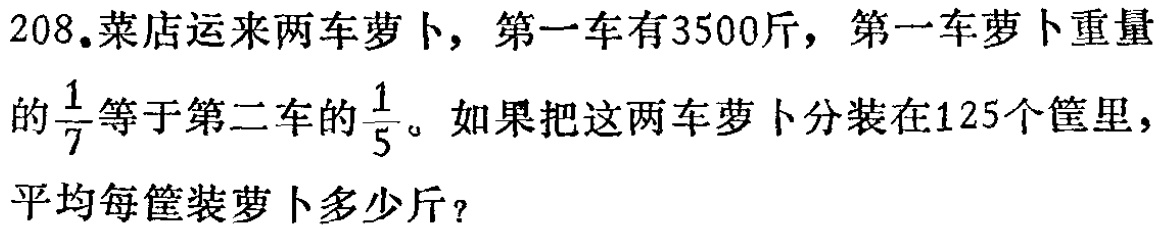
208.菜店运来两车萝卜，第一车有3500斤，第一车萝卜重量

的$\frac{1}{7}$等于第二车的$\frac{1}{5}$。如果把这两车萝卜分装在125个筐里，

平均每筐装萝卜多少斤？